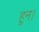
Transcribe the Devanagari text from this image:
हून।